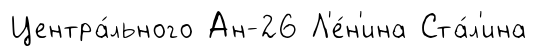
Центра́льного Ан-26 Л'е́н'ина Ста́л'ина